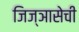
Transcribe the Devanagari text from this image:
जिज्ञासेची